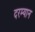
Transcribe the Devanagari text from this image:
दरम्‍यान